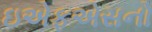
ઇએફએસનો